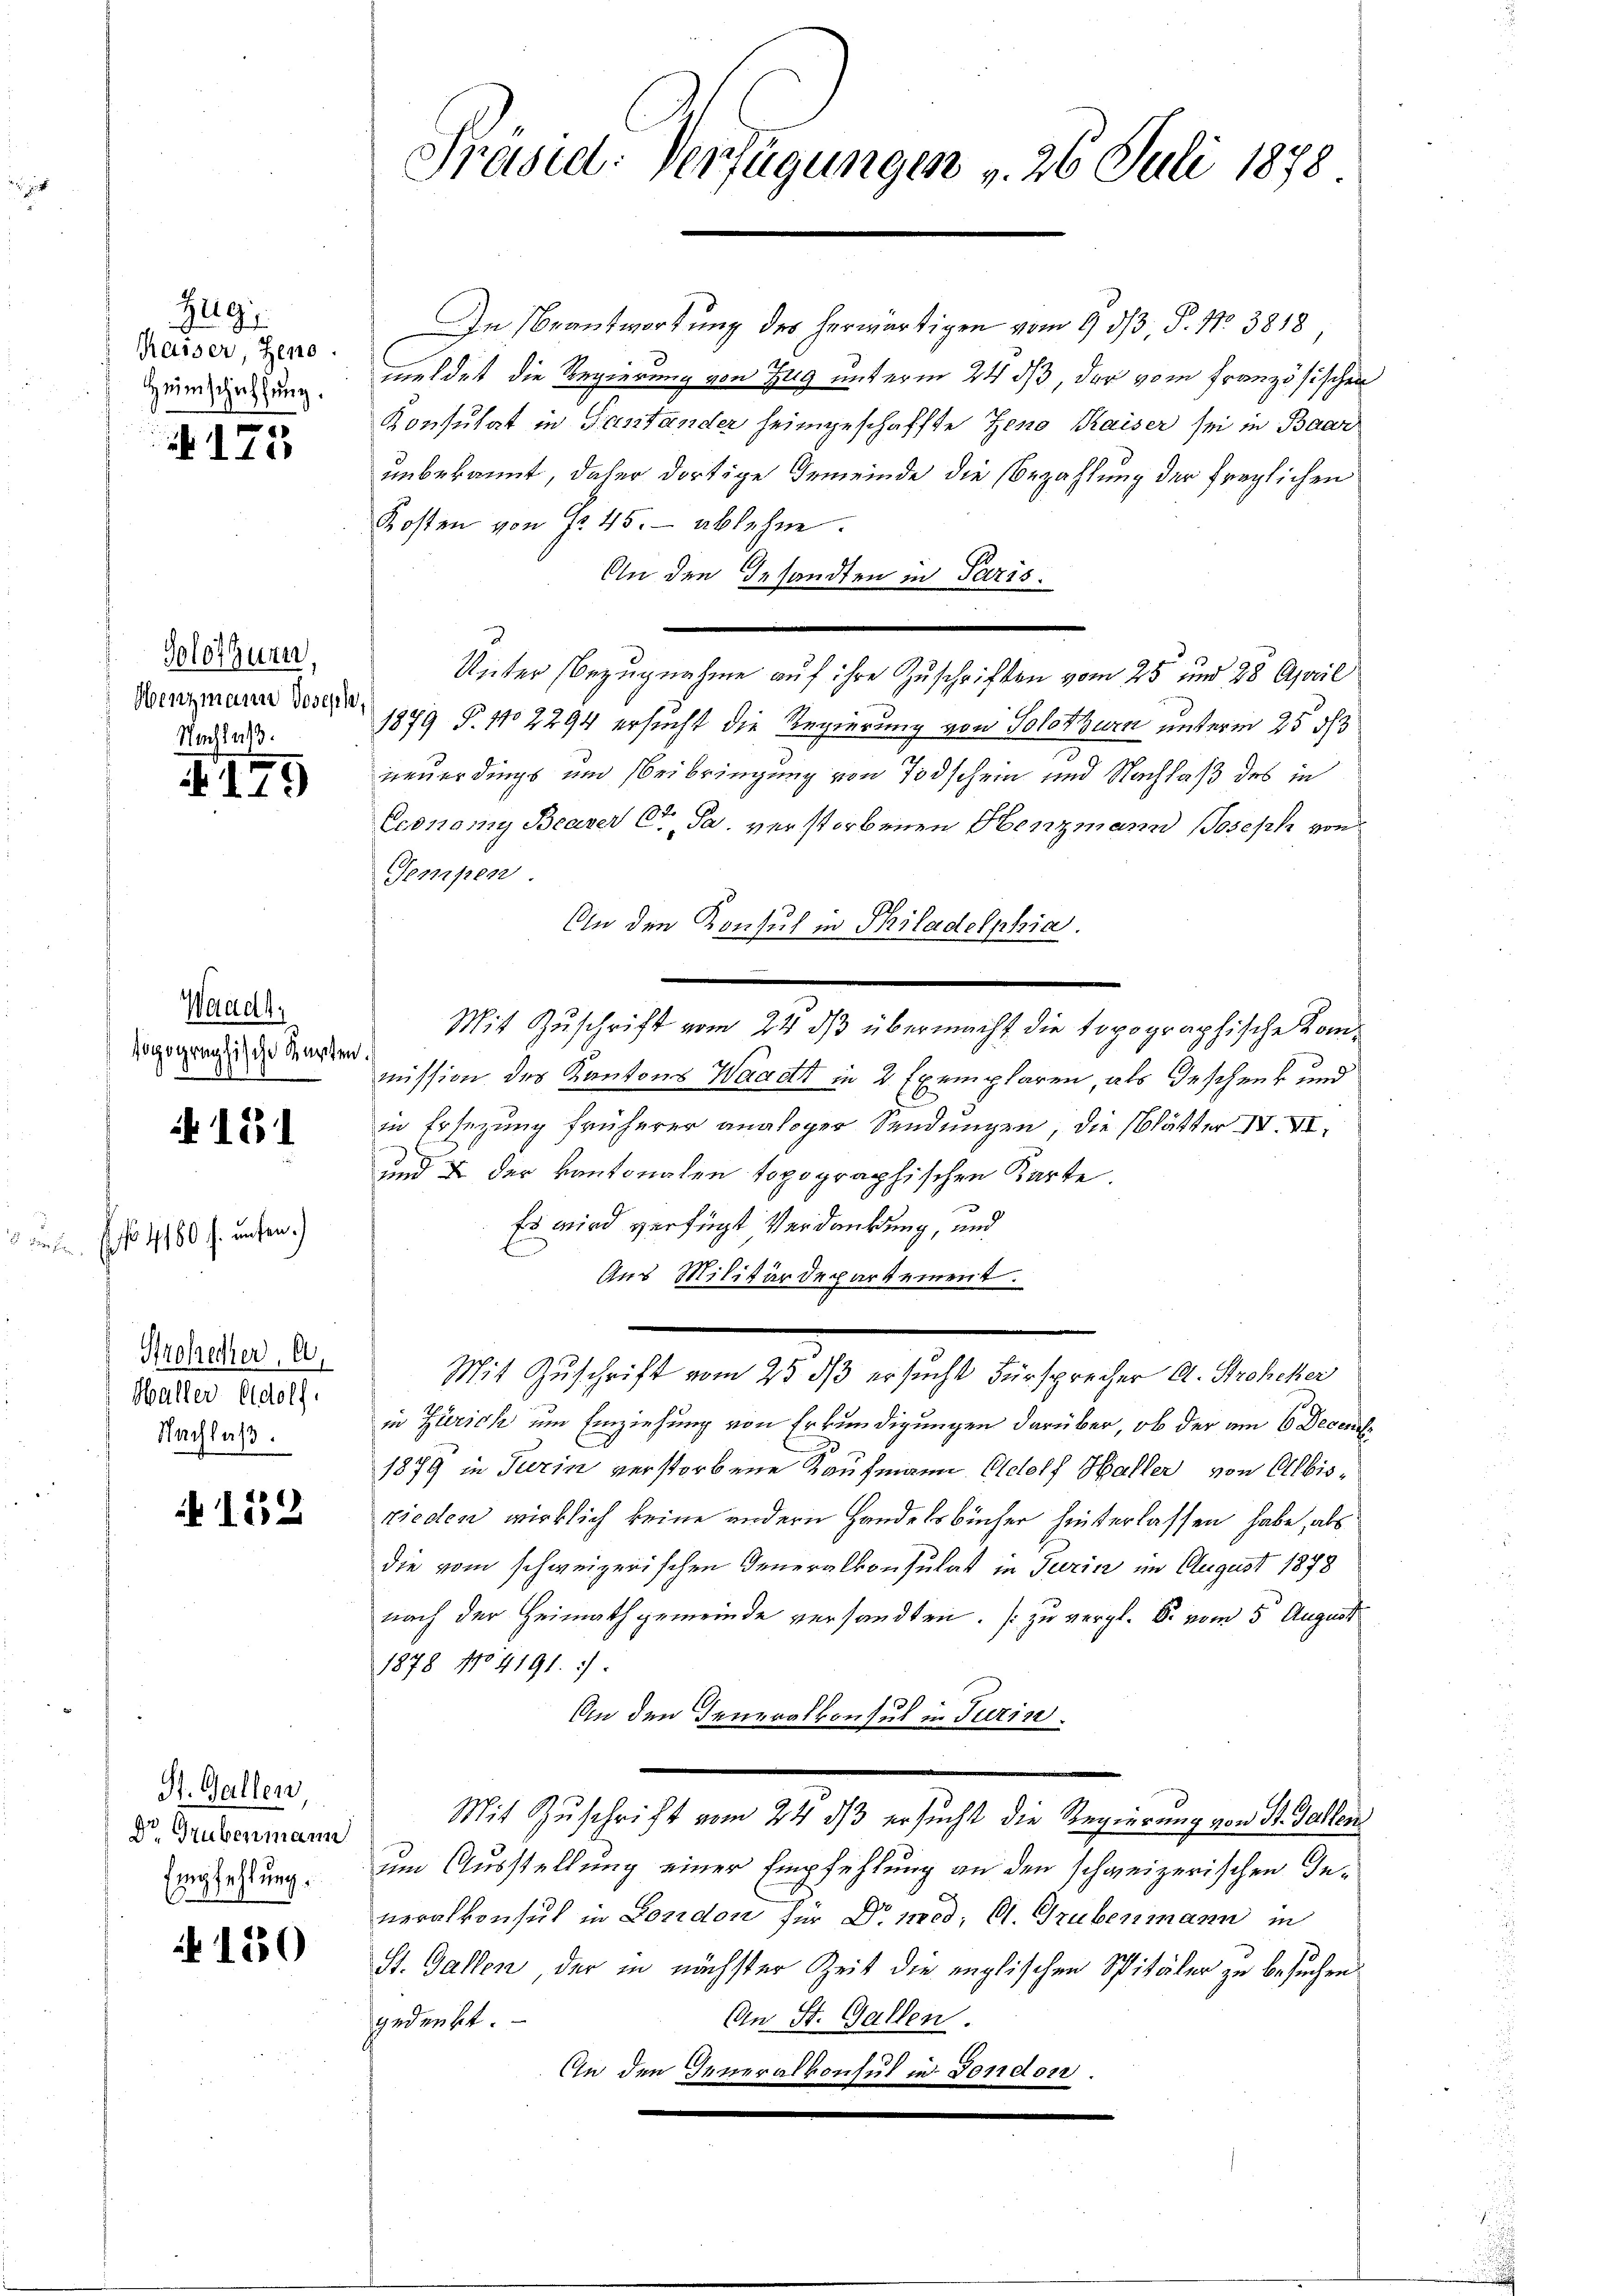
Zug
Kasser, Zeno.
Heimschaffung.
e

112

Solothurn,
Henzmann Joseph
Nachlaß.

XI79

Waadt:
sotographische Karten,

if. 181

Hrosrecher, A.
Maller Eldolf.
Nachlaß.

. . . 4180 f. unten)

152

St. Gallen
dr Grubenmann
Empfehlung.
6.

150

Praseel: Verfügungen v. 26 Juli 1878

In Beantwortung des herwärtigen vom 9. ds P. Nr. 3818
meldet, die Regierung von Zug unterm 24 ds, der vom französischen
Konsulat in Fastander heimgeschaffte Zeno Kaiser sei in Baar
unbekannt, daher dortige Gemeinde die Bezahlung der freylichen
Kosten von No 45. - ablehne.
An den Gesandten in Paris.
1879 P. No 2294 ersucht die Regierung von Solothurn unterm 25 d
neuerdings und Beibringung von Todschein und Nachlaß des in
Economy Bearer Coo, Ja. verstorbenen Henzmann Joseph von
Tempen
An den Konsul in Philadelphia
Mit Zuschrift vom 22. dβ übermacht die topographische Kommission des Kantons Waadt in 2 Exemplaren, als Geschenk und
in Ersezung früherer analoger Sendungen, die blätter IV. VI,
C
und & der Kantonalen topographischen Karte
Es wird verfügt Verdankung, und
Aus Militärdepartement.
Mit Zuschrift vom 25. dß ersucht Fürsprecher A. Stroheker
in Zürich um Einziehung von Erkundigungen darüber, ob der am 6. Decemb
1879 in Turin verstorbene Kaufmann Adolf Haller von Albisrieden wirklich keine andern Handelsbücher hinterlassen habe, als
die vom schweizerischen Generalkonsulat in Turin im August 1878
nach der Heimathgemeinde versandten. (zu vergl. B. vom 5 August
1878 No 4191.
An den Generalkonsul in Turin.
Mit Zuschrift vom 24. dβ ersucht die Regierung von St. Gallen
um Ausstellung einer Empfehlung an den schweizerischen Generalkonsul in London für Dr. med. Cl. Grubenmann in
St. Gallen, der in nächster Zeit die englischen Spitäler zu besuchen.
An St. Gallen.
gedenkt.
An den Generalkonsul in Fondon.

Unter Bezugnahme auf ihre Zuschriften vom 25 und 28 April